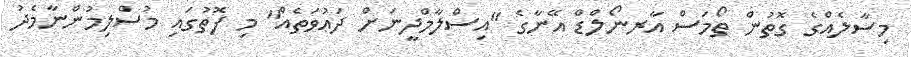
މިސާލެއްގެ ގޮތުން ތޯމަސް އާރނޯލްޑް އޭނާގެ ''އިސްލާމްދީނަށް ދަޢުވަތެއް'' މި ފޮތުގައި މުސްލިމުންނާމެދު